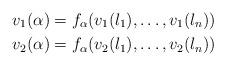
LaTeX: \begin{align*}v_1(\alpha)&=f_\alpha(v_1(l_1),\ldots,v_1(l_n))\\v_2(\alpha)&=f_\alpha(v_2(l_1),\ldots,v_2(l_n))\end{align*}